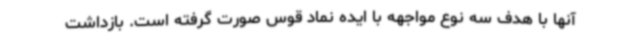
آنها با هدف سه نوع مواجهه با ایده نماد قوس صورت گرفته است. بازداشت